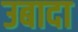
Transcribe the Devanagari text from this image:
उबादा